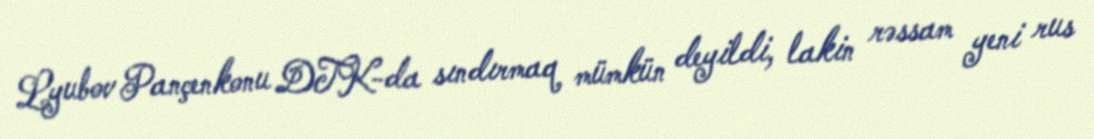
Lyubov Pançenkonu DTK-da sındırmaq mümkün deyildi, lakin rəssam yeni rus